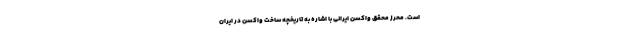
است. محرز محقق واکسن ایرانی با اشاره به تاریخچه ساخت واکسن در ایران